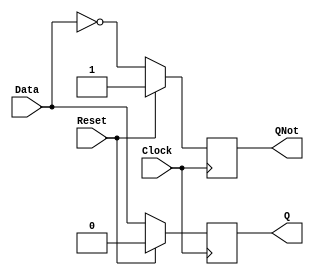
module DFlipFlop(Data, Clock, Reset, Q, QNot);
    input wire Data, Clock, Reset;
    output reg Q, QNot;
    always @(posedge Clock) begin
        if (Reset)
            begin
                Q = 0;
                QNot = 1;
            end
        else
            begin
                Q = Data;
                QNot = ~Data;
            end
    end
endmodule